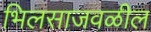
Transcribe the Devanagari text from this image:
भिलसाजवळील